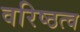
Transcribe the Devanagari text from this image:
वरिष्ठत्व